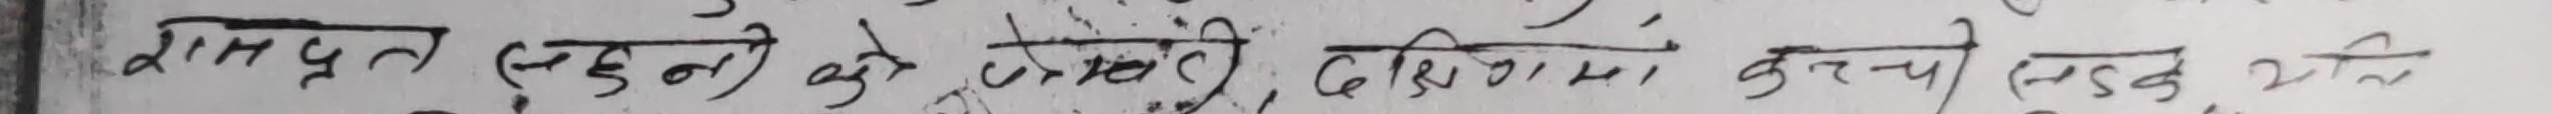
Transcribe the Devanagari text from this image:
रामप्रत ल दुइटा जेती देसिरामा कचो सदु थिति